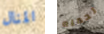
المنال تحمله